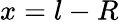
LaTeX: x=l-R